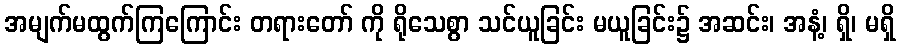
အမျက်မထွက်ကြကြောင်း တရားတော် ကို ရိုသေစွာ သင်ယူခြင်း မယူခြင်း၌ အဆင်း၊ အနံ့၊ ရှိ၊ မရှိ